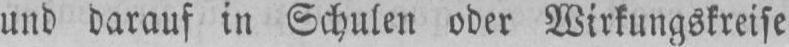
und darauf in Schulen oder Wirkungskreise